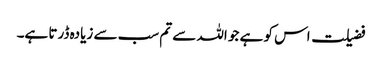
فضیلت اس کو ہے جو اللہ سے تم سب سے زیادہ ڈرتا ہے۔